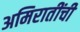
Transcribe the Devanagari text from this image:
अमिरातींची